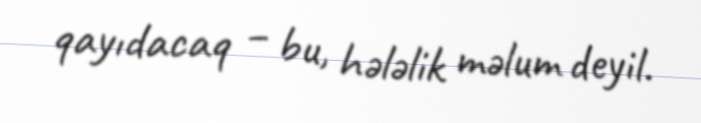
qayıdacaq – bu, hələlik məlum deyil.